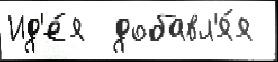
Ид'е́я  добавл'я́я